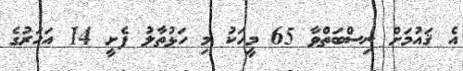
އެ ޤައުމަށް ނިސްބަތްވާ 65 މީހަކު މި ހަޅުތާލު ފެށީ 14 އަހަރުގެ